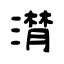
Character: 潸